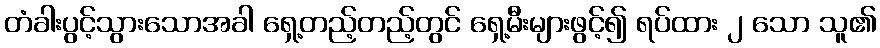
တံခါးပွင့်သွားသောအခါ ရှေ့တည့်တည့်တွင် ရှေ့မီးများဖွင့်၍ ရပ်ထား ၂ သော သူ၏